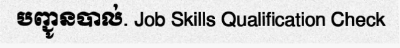
បញ្ជូនបាល់. Job Skills Qualification Check